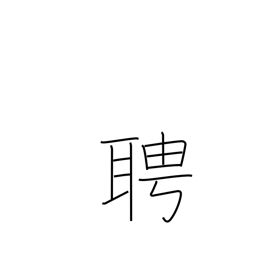
Meaning: invite